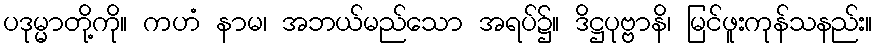
ပဒုမ္မာတို့ကို။ ကဟံ နာမ၊ အဘယ်မည်သော အရပ်၌။ ဒိဋ္ဌပုဗ္ဗာနိ၊ မြင်ဖူးကုန်သနည်း။